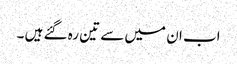
اب ان میں سے تین رہ گئے ہیں ۔